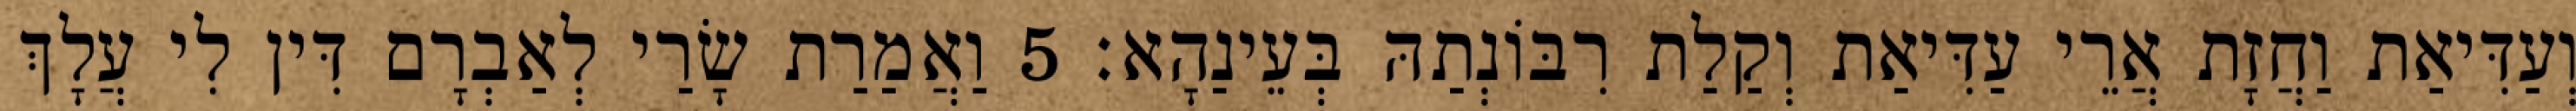
וְעַדִּיאַת וַחֲזָת אֲרֵי עַדִּיאַת וְקַלַת רִבּוֹנְתַהּ בְּעֵינַהָא׃ 5 וַאֲמַרַת שָׂרַי לְאַבְרָם דִּין לִי עֲלָךְ